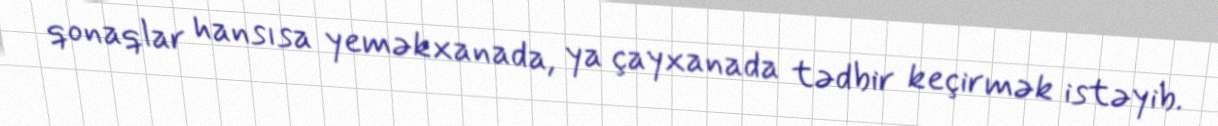
qonaqlar hansısa yeməkxanada, ya çayxanada tədbir keçirmək istəyib.